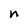
Character: n